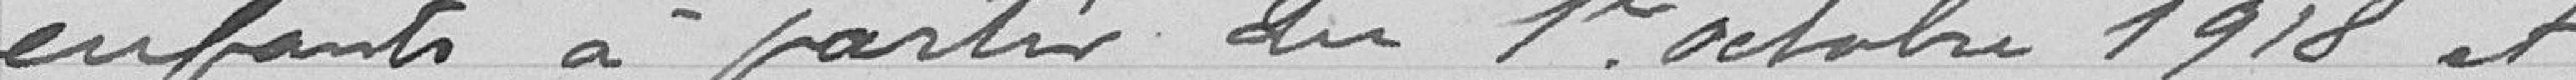
enfants à partir du 1er octobre 1918 et